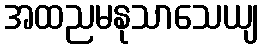
အထညမနုသာသေယျ